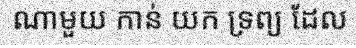
ណាមួយ កាន់ យក ទ្រព្យ ដែល